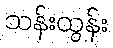
သန်းထွန်း